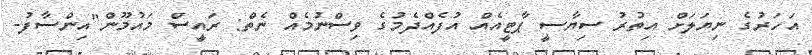
އަހަރުގެ ނިޔަލަށް އިތުރު ސިޔާސީ ޕާޓީއެއް އުފެއްދެމުގެ ވިސްނުމެއް ނެތް: ރައީސް މައުމޫން"އިންސާފު-